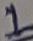
Text: 1